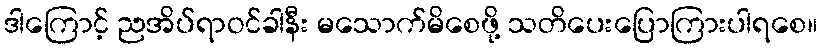
ဒါကြောင့် ညအိပ်ရာဝင်ခါနီး မသောက်မိစေဖို့ သတိပေးပြောကြားပါရစေ။